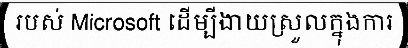
របស់ Microsoft ដើម្បីងាយស្រួលក្នុងការ